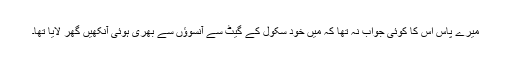
میرے پاس اس کا کوئی جواب نہ تھا کہ مَیں خود سکول کے گیٹ سے آنسوؤں سے بھری ہوئی آنکھیں گھر لایا تھا۔